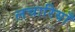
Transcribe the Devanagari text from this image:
लचारियाँ